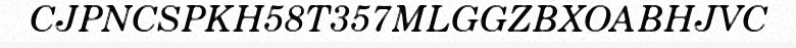
CJPNCSPKH58T357MLGGZBXOABHJVC